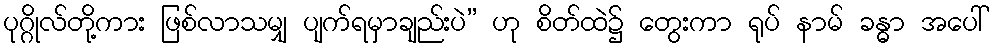
ပုဂ္ဂိုလ်တို့ကား ဖြစ်လာသမျှ ပျက်ရမှာချည်းပဲ” ဟု စိတ်ထဲ၌ တွေးကာ ရုပ် နာမ် ခန္ဓာ အပေါ်